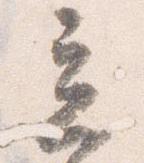
立